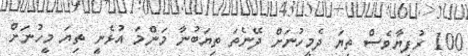
100 ރުފިޔާވެސް ތިޔަ ދެމީހުނަށް ދޭނެތަ ތިޔަބުނާ މަންމަ އުޅެނީ ތިޔަ މީހުނަށް